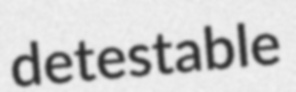
detestable